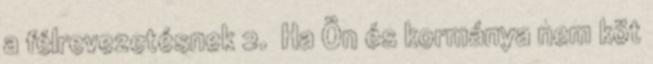
a félrevezetésnek 2. Ha Ön és kormánya nem köt